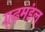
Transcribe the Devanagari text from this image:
गूढ़मंडल